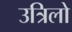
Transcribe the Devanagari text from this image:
उत्रिलो